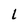
Character: l